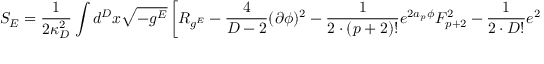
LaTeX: S _ { E } = { \frac { 1 } { 2 \kappa _ { D } ^ { 2 } } } \int d ^ { D } x \sqrt { - g ^ { E } } \left[ { \cal R } _ { g ^ { E } } - { \frac { 4 } { D - 2 } } ( \partial \phi ) ^ { 2 } - { \frac { 1 } { 2 \cdot ( p + 2 ) ! } } e ^ { 2 a _ { p } \phi } F _ { p + 2 } ^ { 2 } - { \frac { 1 } { 2 \cdot D ! } } e ^ { 2 a \phi } F _ { D } ^ { 2 } \right] ,